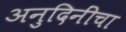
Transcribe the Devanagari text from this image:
अनुदिनींचा